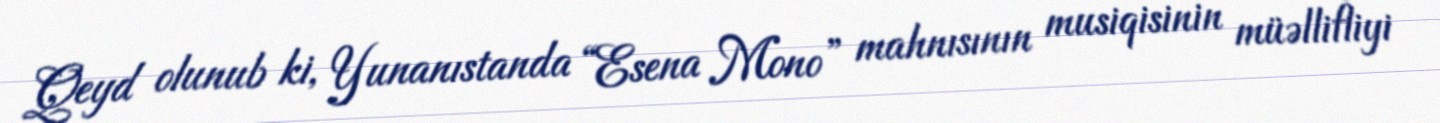
Qeyd olunub ki, Yunanıstanda “Esena Mono” mahnısının musiqisinin müəllifliyi